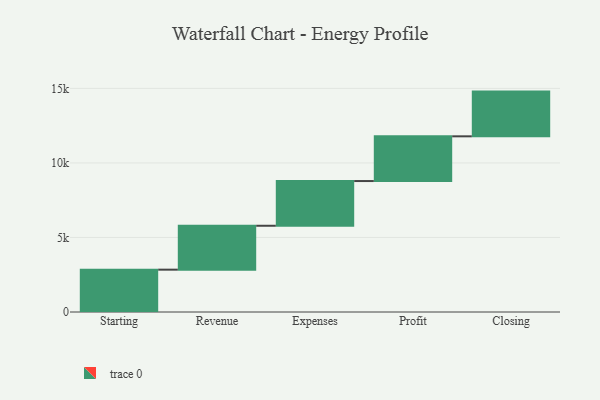
{"axis": {"x": "Step", "y": "Value"}, "legend": [""], "data": [{"x": "Starting", "y": 2840.0, "type": ""}, {"x": "Revenue", "y": 2945.0, "type": ""}, {"x": "Expenses", "y": 3000, "type": ""}, {"x": "Profit", "y": 3000, "type": ""}, {"x": "Closing", "y": 3000, "type": ""}]}